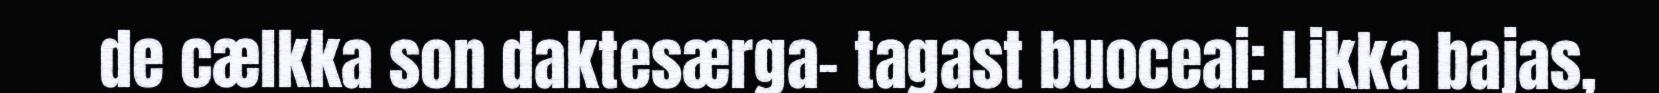
de cælkka son daktesærga- tagast buoceai: Likka bajas,